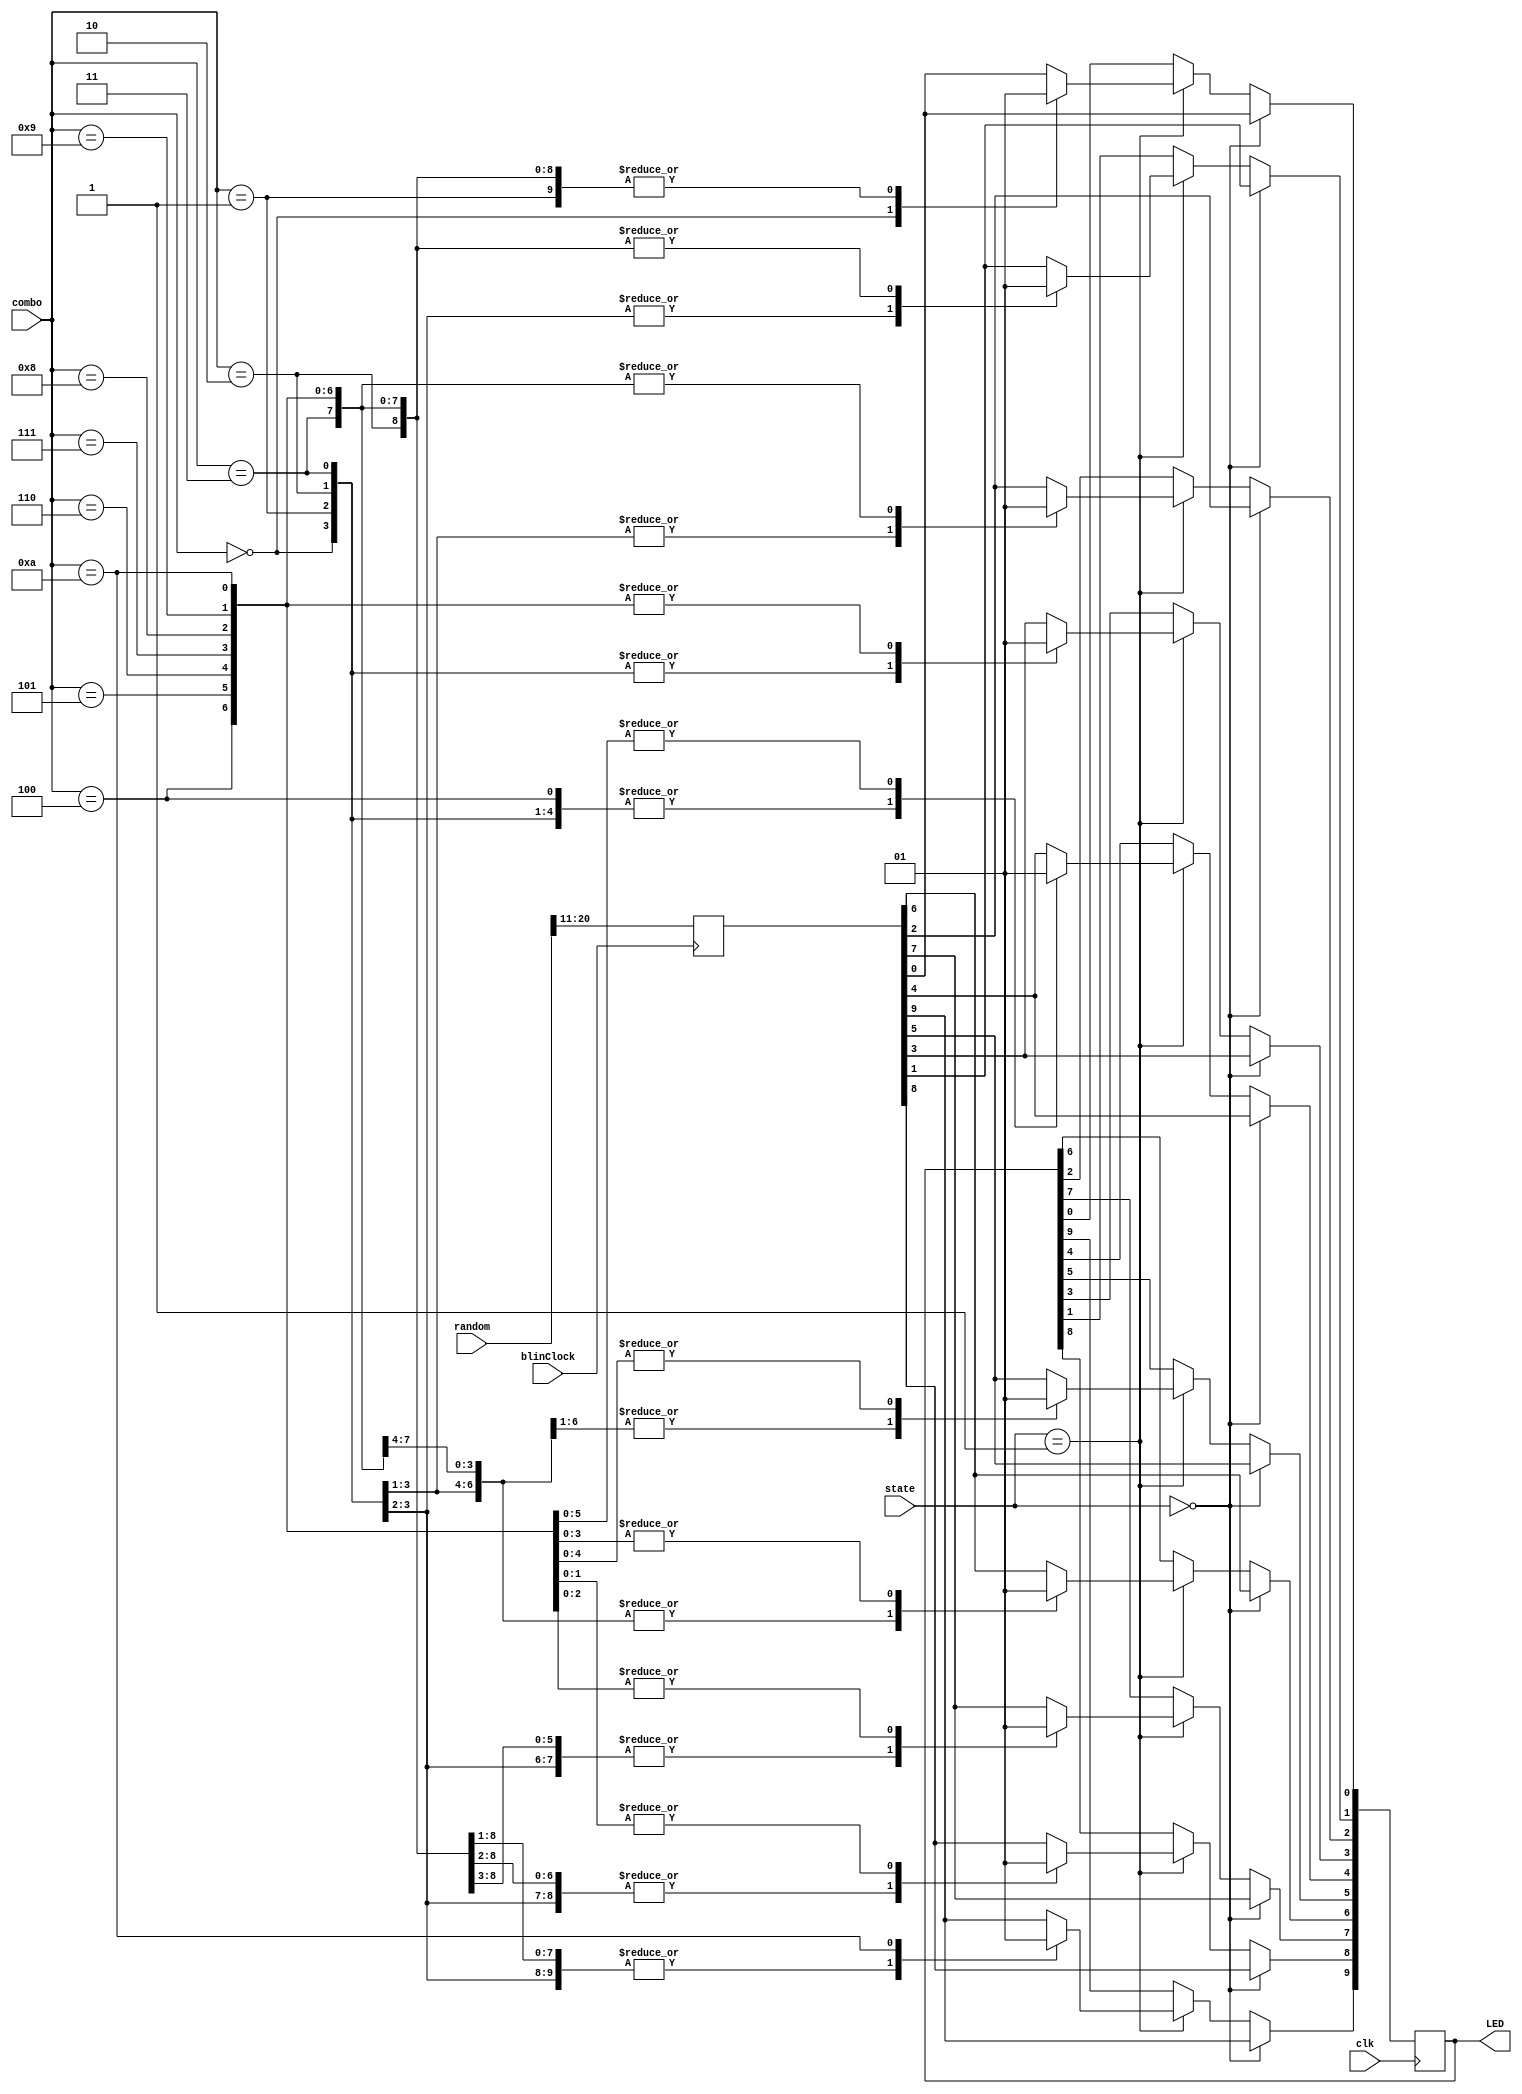
module LED_output(input clk, 
						input blinClock,
						input [1:0] state,
						input [11:0] combo, 
						input [31:0] random,
						output reg [9:0] LED);
	reg [9:0] blin;
		
	always@ (posedge blinClock)
	begin
		blin <= random[20:11];
	end
						
	always@(posedge clk) begin
		if(state == 0) begin
				LED <= blin;
		end
		else if (state == 1) begin
			case(combo)
				0:
				begin
					LED[9:0] <= 10'b0000000000;
				end
				1:
				begin
					LED[0] <= 1'b1;
					LED[9:1] <= 9'b000000000;
				end
				2:
				begin
					LED[1:0] <= 2'b11;
					LED[9:2] <= 8'b00000000;
				end
				3:
				begin
					LED[2:0] <= 3'b111;
					LED[9:3] <= 7'b0000000;
				end
				4:
				begin
					LED[3:0] <= 4'b1111;
					LED[9:4] <= 6'b000000;
				end
				5:
				begin
					LED[4:0] <= 5'b11111;
					LED[9:5] <= 5'b00000;
				end
				6:
				begin
					LED[5:0] <= 6'b111111;
					LED[9:6] <= 4'b0000;
				end
				7:
				begin
					LED[6:0] <= 7'b1111111;
					LED[9:7] <= 3'b000;
				end
				8:
				begin
					LED[7:0] <= 8'b11111111;
					LED[9:8] <= 2'b00;
				end
				9:
				begin
					LED[8:0] <= 9'b111111111;
					LED[9] <= 1'b0;
				end
				10:
				begin
					LED[9:0] <= 10'b1111111111;
				end
				default:
				begin
					LED <= blin;
				end
			endcase
		end
		else begin
			// STOP
			LED[9:0] <= LED[9:0];
		end
	end
endmodule